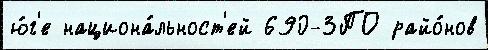
ю́г'е национа́льност'ей 690-ЗПО райо́нов